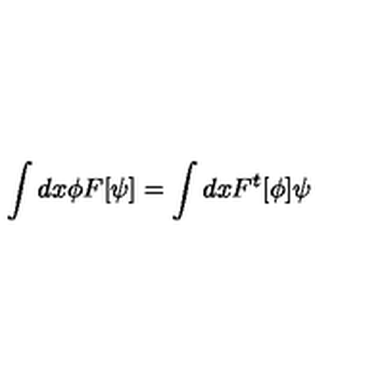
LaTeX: \int d x \phi F [ \psi ] = \int d x F ^ { t } [ \phi ] \psi